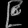
Digit: ၉